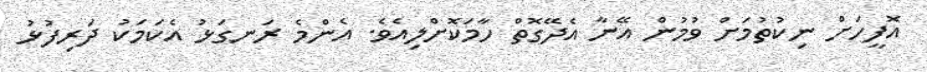
އޮފީހަށް ނިކުތުމަށްް ވުމުން އޭނާ އެދޭގޮތް ހާމަކޮށްލިއެވެ. އެންމެ ރަނގަޅު އެކަމަކުު ދަރިފުޅު